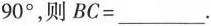
90^{\circ}，则$$BC=___$$.